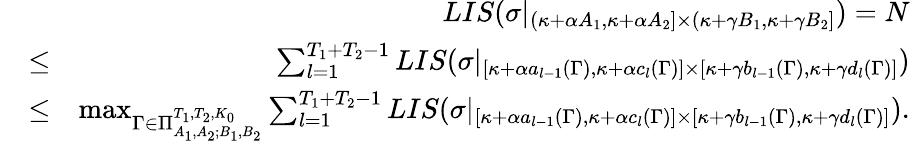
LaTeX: \begin{array}{rlr}&{}&{LIS(\sigma|_{(\kappa+\alpha A_{1},\kappa+\alpha A_{2}]\times(\kappa+\gamma B_{1},\kappa+\gamma B_{2}]})=N}\\ &{\leq}&{\sum_{l=1}^{T_{1}+T_{2}-1}LIS(\sigma|_{[\kappa+\alpha a_{l-1}(\Gamma),\kappa+\alpha c_{l}(\Gamma)]\times[\kappa+\gamma b_{l-1}(\Gamma),\kappa+\gamma d_{l}(\Gamma)]})}\\ &{\leq}&{\operatorname*{max}_{\Gamma\in\Pi_{A_{1},A_{2};B_{1},B_{2}}^{T_{1},T_{2},K_{0}}}\sum_{l=1}^{T_{1}+T_{2}-1}LIS(\sigma|_{[\kappa+\alpha a_{l-1}(\Gamma),\kappa+\alpha c_{l}(\Gamma)]\times[\kappa+\gamma b_{l-1}(\Gamma),\kappa+\gamma d_{l}(\Gamma)]}).}\end{array}